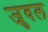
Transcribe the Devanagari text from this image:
जुवल